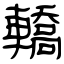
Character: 轎